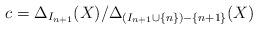
LaTeX: \begin{align*}c = \Delta_{I_{n+1}}(X)/\Delta_{(I_{n+1} \cup \{n\}) - \{n+1\}}(X)\end{align*}